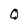
Character: O